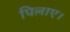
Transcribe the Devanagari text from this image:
पिलाए।